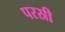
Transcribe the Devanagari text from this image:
परस्री